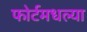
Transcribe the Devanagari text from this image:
फोर्टमधल्या